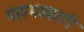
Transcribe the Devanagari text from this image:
महाभयकारी